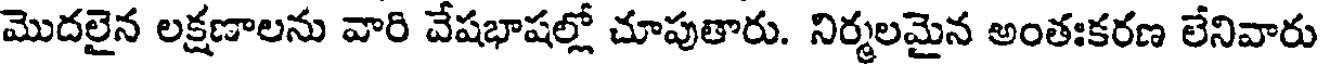
మొదలైన లక్షణాలను వారి వేషభాషల్లో చూపుతారు. నిర్మలమైన అంతఃకరణ లేనివారు